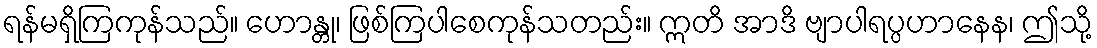
ရန်မရှိကြကုန်သည်။ ဟောန္တု၊ ဖြစ်ကြပါစေကုန်သတည်း။ ဣတိ အာဒိ ဗျာပါရပ္ပဟာနေန၊ ဤသို့